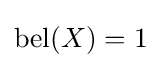
\operatorname {bel} (X)=1